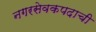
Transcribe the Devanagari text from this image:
नगरसेवकपदाची